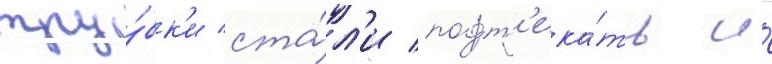
тру́бк'и ста́л'и подт'ека́ть и́